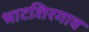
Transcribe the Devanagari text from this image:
भाटशिरगाव